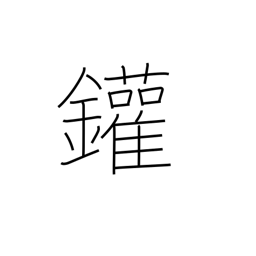
Meaning: steam boiler